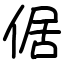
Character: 倨